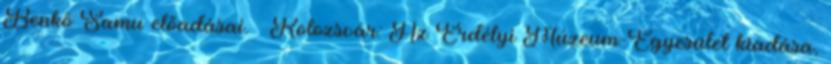
Benkő Samu előadásai. – Kolozsvár: Az Erdélyi Múzeum-Egyesület kiadása,